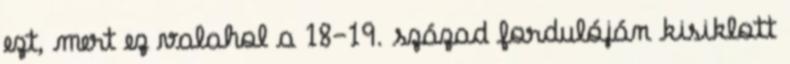
ezt, mert ez valahol a 18–19. század fordulóján kisiklott